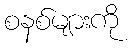
စနစ်များကို